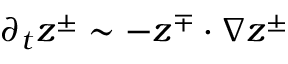
\partial _ { t } \boldsymbol { z } ^ { \pm } \sim - \boldsymbol { z } ^ { \mp } \cdot \nabla \boldsymbol { z } ^ { \pm }